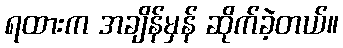
ရထားက အချိန်မှန် ဆိုက်ခဲ့တယ်။